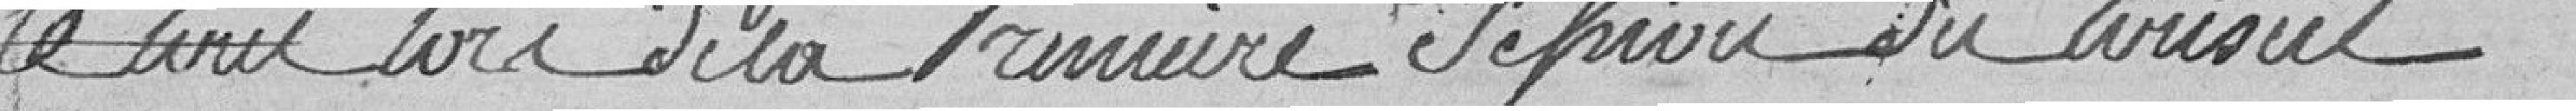
le tout lors de la première session du Conseil.